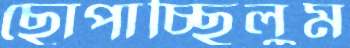
ছোপাচ্ছিলুম